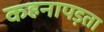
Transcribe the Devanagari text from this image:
कहनापड़ता